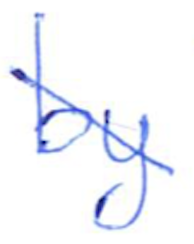
Text: by
Cross-out: diagonal
Writing tool: ballpoint